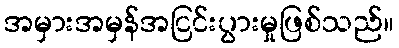
အမှားအမှန်အငြင်းပွားမှုဖြစ်သည်။